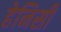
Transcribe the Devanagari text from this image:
हेनिसी